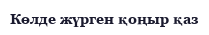
Көлде жүрген қоңыр қаз